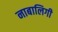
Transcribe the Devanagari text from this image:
नाबालिगी